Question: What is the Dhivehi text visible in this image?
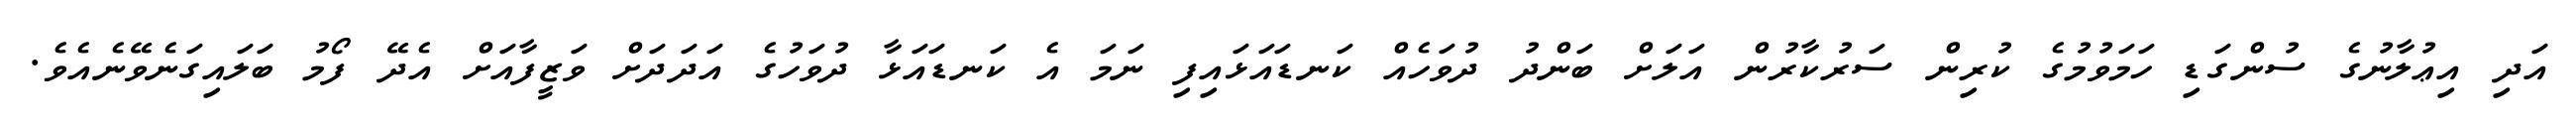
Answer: އަދި އިޢުލާނުގެ ސުންގަޑި ހަމަވުމުގެ ކުރިން ސަރުކާރުން އަލަށް ބަންދު ދުވަހެއް ކަނޑައަޅައިފި ނަމަ އެ ކަނޑައަޅާ ދުވަހުގެ އަދަދަށް ވަޒީފާއަށް އެދޭ ފޯމު ބަލައިގަނެވޭނެއެވެ.